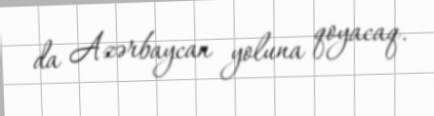
da Azərbaycan yoluna qoyacaq.